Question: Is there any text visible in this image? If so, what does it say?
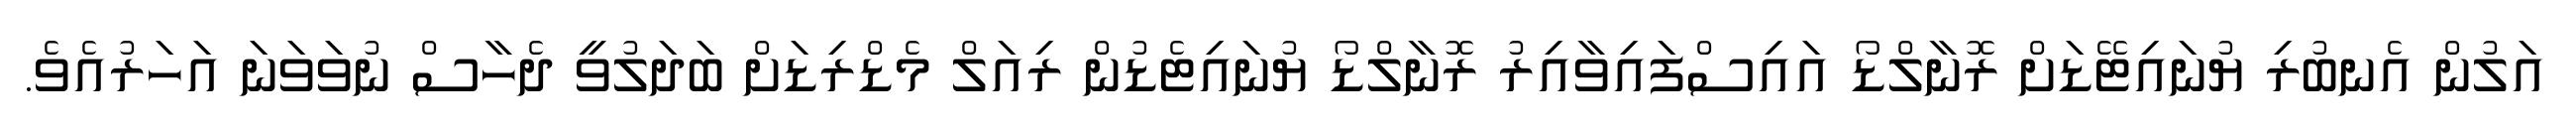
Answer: އަލުން އެނބުރި ޔުނައިޓޭޑަށް ރޮނާލްޑޯ އައިސްފައިވާއިރު ރޮނާލްޑޯ ޔުނައިޓެޑުން ރިއަލް މެޑްރިޑަށް ބަދަލުވީ ދެހާސް ނުވަވަނަ އަހަރުއެވެ.